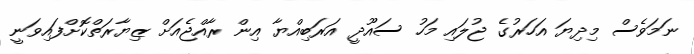
ނަމަވެސް މިދިޔަ އަހަރުގެ ޖުލައި މަހު ސައޫދީ އަރަބިއްޔާ އިން ރާއްޖެއަށް ޒިޔާރަތްކޮށްފައިވަނީ